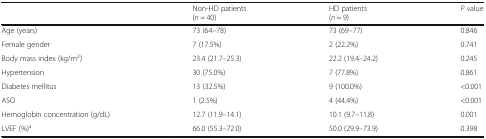
<table><thead><tr><td></td><td><b>Non-HD patients(<i>n</i> = 40)</b></td><td><b>HD patients(<i>n</i> = 9)</b></td><td><b><i>P</i> value</b></td></tr></thead><tbody><tr><td>Age (years)</td><td>73 (64–78)</td><td>73 (69–77)</td><td>0.846</td></tr><tr><td>Female gender</td><td>7 (17.5%)</td><td>2 (22.2%)</td><td>0.741</td></tr><tr><td>Body mass index (kg/m<sup>2</sup>)</td><td>23.4 (21.7–25.3)</td><td>22.2 (19.4–24.2)</td><td>0.245</td></tr><tr><td>Hypertension</td><td>30 (75.0%)</td><td>7 (77.8%)</td><td>0.861</td></tr><tr><td>Diabetes mellitus</td><td>13 (32.5%)</td><td>9 (100.0%)</td><td>&lt;0.001</td></tr><tr><td>ASO</td><td>1 (2.5%)</td><td>4 (44.4%)</td><td>&lt;0.001</td></tr><tr><td>Hemoglobin concentration (g/dL)</td><td>12.7 (11.9–14.1)</td><td>10.1 (9.7–11.8)</td><td>0.001</td></tr><tr><td>LVEF (%)<sup>a</sup></td><td>66.0 (55.3–72.0)</td><td>50.0 (29.9–73.9)</td><td>0.398</td></tr></tbody></table>